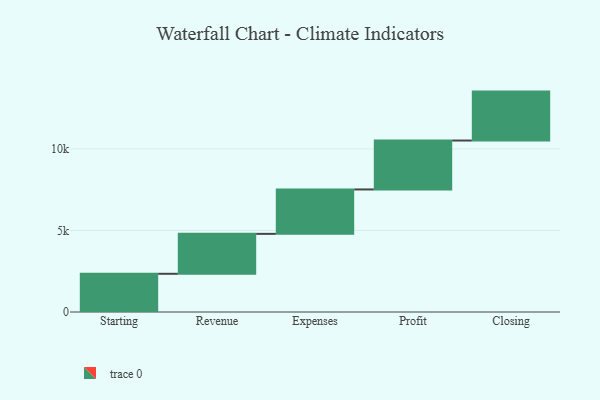
{"axis": {"x": "Step", "y": "Value"}, "legend": [""], "data": [{"x": "Starting", "y": 2342.0, "type": ""}, {"x": "Revenue", "y": 2449.0, "type": ""}, {"x": "Expenses", "y": 2723.0, "type": ""}, {"x": "Profit", "y": 3000, "type": ""}, {"x": "Closing", "y": 3000, "type": ""}]}